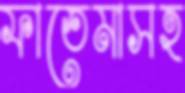
ফাতেমাসহ